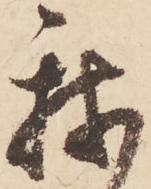
我